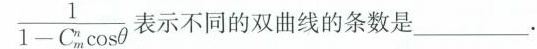
\frac{ 1 } { 1 - C _ { m } ^ { n } \cos θ }$$ 示不同的双曲线的条数是___.